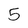
Character: 5